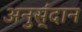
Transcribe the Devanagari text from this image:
अनुस्ंदान